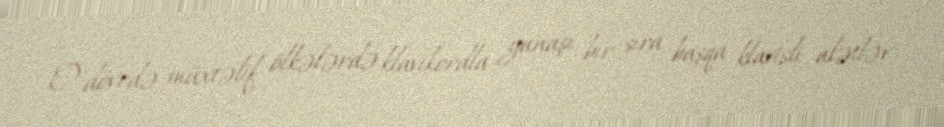
O, dövrdə müxtəlif ölkələrdə klavikordla yanaşı bir sıra başqa klavişli alətlər